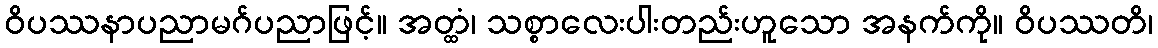
ဝိပဿနာပညာမဂ်ပညာဖြင့်။ အတ္ထံ၊ သစ္စာလေးပါးတည်းဟူသော အနက်ကို။ ဝိပဿတိ၊